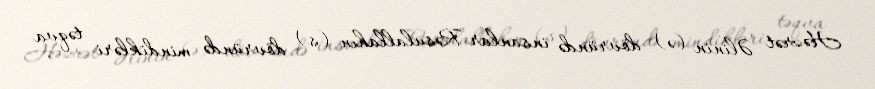
Həzrət Əlinin (ə) dövründə insanlar Rəsulallahın (s) dövründə mindikləri təqva